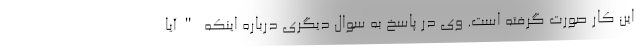
این کار صورت گرفته است. وی در پاسخ به سوال دیگری درباره اینکه "آیا